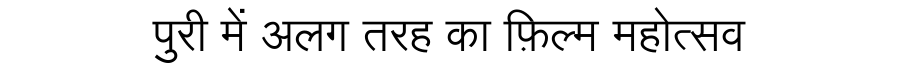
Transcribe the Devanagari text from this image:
पुरी में अलग तरह का फ़िल्म महोत्सव